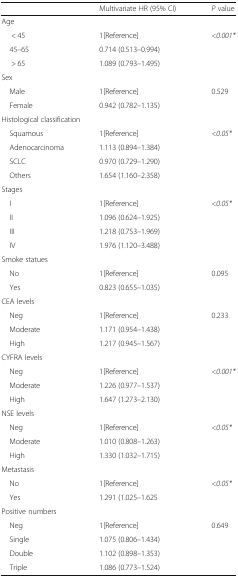
|  | Multivariate HR (95% CI) | P value |
 | --- | --- | --- |
 | <COLSPAN=3> Age |
 | < 45 | 1[Reference] | <ROWSPAN=3> <0.001* |
 | 45–65 | 0.714 (0.513–0.994) |
 | > 65 | 1.089 (0.793–1.495) |
 | <COLSPAN=3> Sex |
 | Male | 1[Reference] | <ROWSPAN=2> 0.529 |
 | Female | 0.942 (0.782–1.135) |
 | <COLSPAN=3> Histological classification |
 | Squamous | 1[Reference] | <ROWSPAN=4> <0.05* |
 | Adenocarcinoma | 1.113 (0.894–1.384) |
 | SCLC | 0.970 (0.729–1.290) |
 | Others | 1.654 (1.160–2.358) |
 | <COLSPAN=3> Stages |
 | I | 1[Reference] | <ROWSPAN=4> <0.05* |
 | II | 1.096 (0.624–1.925) |
 | III | 1.218 (0.753–1.969) |
 | IV | 1.976 (1.120–3.488) |
 | <COLSPAN=3> Smoke statues |
 | No | 1[Reference] | <ROWSPAN=2> 0.095 |
 | Yes | 0.823 (0.655–1.035) |
 | <COLSPAN=3> CEA levels |
 | Neg | 1[Reference] | <ROWSPAN=3> 0.233 |
 | Moderate | 1.171 (0.954–1.438) |
 | High | 1.217 (0.945–1.567) |
 | <COLSPAN=3> CYFRA levels |
 | Neg | 1[Reference] | <ROWSPAN=3> <0.001* |
 | Moderate | 1.226 (0.977–1.537) |
 | High | 1.647 (1.273–2.130) |
 | <COLSPAN=3> NSE levels |
 | Neg | 1[Reference] | <ROWSPAN=3> <0.05* |
 | Moderate | 1.010 (0.808–1.263) |
 | High | 1.330 (1.032–1.715) |
 | <COLSPAN=3> Metastasis |
 | No | 1[Reference] | <ROWSPAN=2> <0.05* |
 | Yes | 1.291 (1.025–1.625 |
 | <COLSPAN=3> Positive numbers |
 | Neg | 1[Reference] | <ROWSPAN=4> 0.649 |
 | Single | 1.075 (0.806–1.434) |
 | Double | 1.102 (0.898–1.353) |
 | Triple | 1.086 (0.773–1.524) |